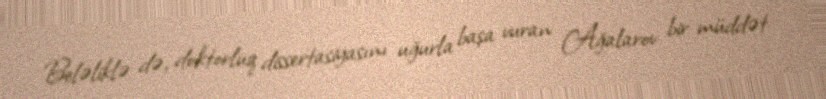
Beləliklə də, doktorluq dissertasiyasını uğurla başa vuran Ağalarov bir müddət